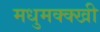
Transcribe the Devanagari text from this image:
मधुमक्क्खी